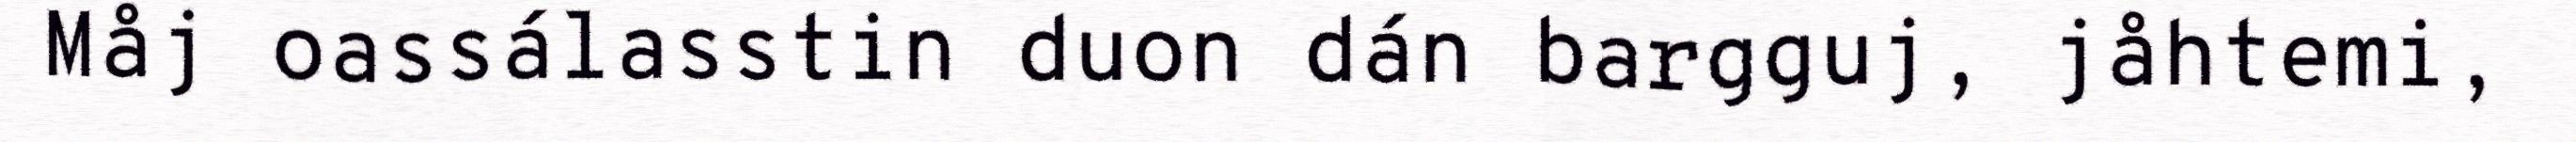
Måj oassálasstin duon dán bargguj, jåhtemi,